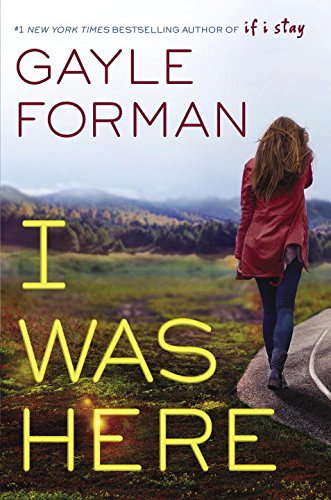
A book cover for I Was Here; Gayle Forman; Teen & Young Adult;